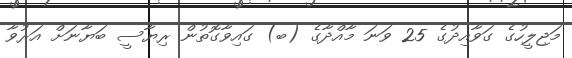
މަޖިލީހުގެ ގަވާއިދުގެ 25 ވަނަ މާއްދާގެ (ބ) ގައިވާގޮތުން ރިޔާސީ ބަޔާނަށް އަރުވާ